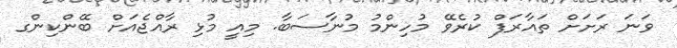
ވަނަ ރަށަށް ތައާރަފް ކުރެވޭ މުހިންމު މުނާސަބާ. މިއީ މުޅި ރާއްޖެއަށް ބޭންކިންގ